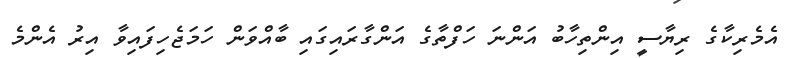
އެެމެރިކާގެ ރިޔާސީ އިންތިހާބު އަންނަ ހަފްތާގެ އަންގާރައިގައި ބާއްވަން ހަމަޖެހިފައިވާ އިރު އެންމެ